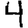
Digit: 4